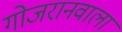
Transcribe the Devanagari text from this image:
गोजरानवाला